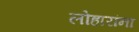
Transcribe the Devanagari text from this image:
लोहारांना